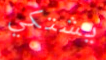
يشتكي